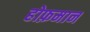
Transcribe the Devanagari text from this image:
होफ़मान